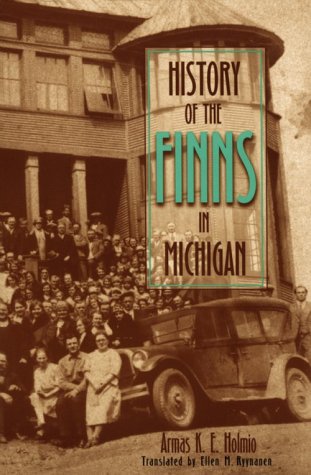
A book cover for History of the Finns in Michigan (Great Lakes Books Series); Armas K E Holmio; Biographies & Memoirs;